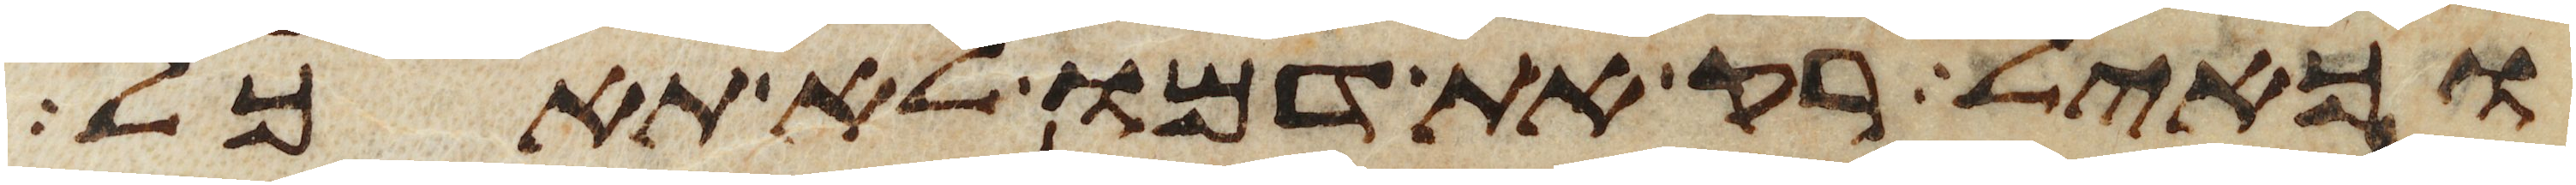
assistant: וכאיל רק את דמו לא תאכל